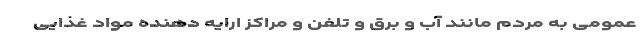
عمومی به مردم مانند آب و برق و تلفن و مراکز ارایه دهنده مواد غذایی